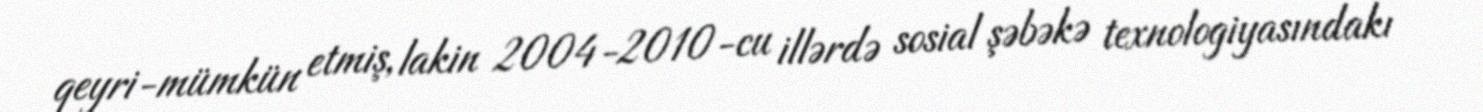
qeyri-mümkün etmiş, lakin 2004-2010-cu illərdə sosial şəbəkə texnologiyasındakı